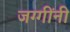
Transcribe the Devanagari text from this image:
जग्गींनी